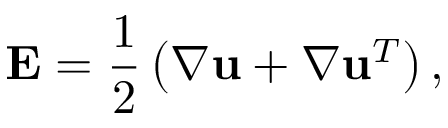
\mathbf { E } = \frac { 1 } { 2 } \left( \nabla \mathbf { u } + \nabla \mathbf { u } ^ { T } \right) ,